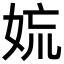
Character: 𡜋